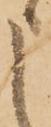
申